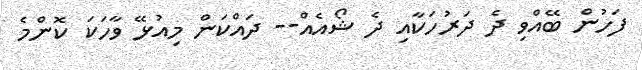
ފަހުން ބޭއްވި ދެ ދަރުހަކާއި ދެ ޝޯއެއް-- ދައްކަން މިއުޅޭ ވާހަކަ ކޮންމެ